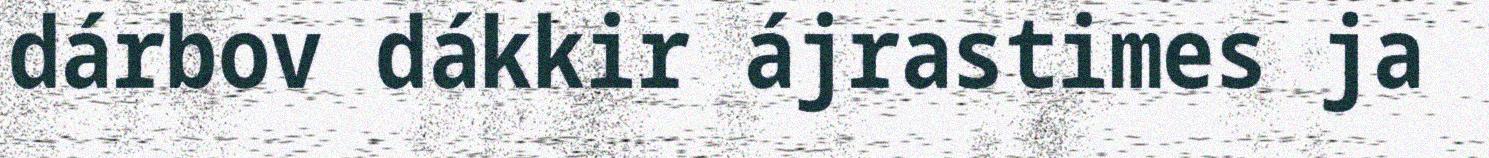
dárbov dákkir ájrastimes ja